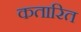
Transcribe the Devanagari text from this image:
कतारित